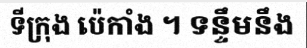
ទីក្រុង ប៉េកាំង ។ ទន្ទឹមនឹង